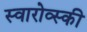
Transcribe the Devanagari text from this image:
स्वारोव्स्की